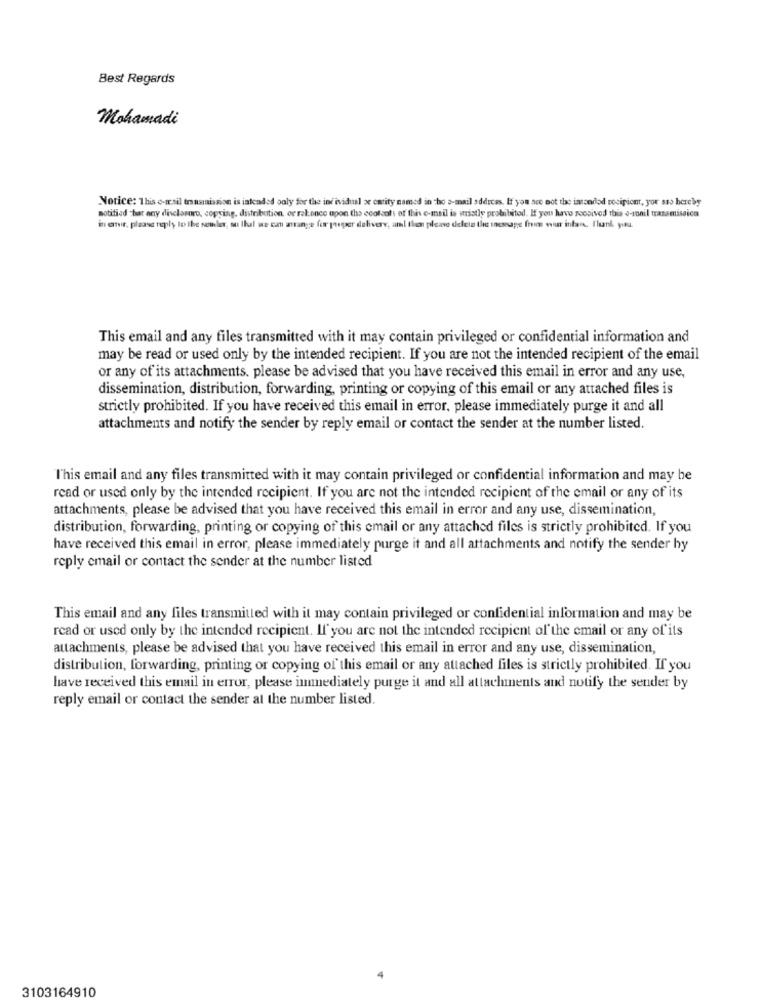
Best Regards
Mohamadi
Notice: This e-mail trasmission is intended soly for the individual or carity named in cho a-mail address. If you are not the intended recipient, yor sss hereby
notified that any disclosure, copying, distribution or ral.once upon the ecolooli of this e-mail is wristly prohibited. If you have soooived this o-tonil transmiseica
in envie, please reply to the sender, so Ihul we can arrange for proper delivery, and then please delete the message from win inta. Thank you.
This email and any files transmitted with it may contain privileged or confidential information and
may be read or used only by the intended recipient. If you are not the intended recipient of the email
or any of its attachments. please be advised that you have received this email in error and any use,
dissemination, distribution, forwarding, printing or copying of this email or any attached files is
strictly prohibited. If you have received this email in error, please immediately purge it and all
attachments and notify the sender by reply email or contact the sender at the number listed.
l'his email and any files transmitted with it may contain privileged or confidential information and may be
read or used only by the intended recipient. If you are not the intended recipient of the email or any of its
attachments, please be advised that you have received this email in error and any use, dissemination,
distribution, forwarding, printing or copying of this email or any attached files is strictly prohibited. If you
have received this email in error, please immediately purge it and all attachments and notify the sender hy
reply email or contact the sender at the number listed
This email and any files transmitted with it may contain privileged or confidential information and may be
read or used only by the intended recipient. If you are not the intended recipient of the email or any of its
attachments, please be advised that you have received this email in error and any use, dissemination,
distribution, forwarding, printing or copying of this email or any attached files is strictly prohibited. If you
have received this email in error, please immediately purge it and all attachments and notify the sender by
reply email or contact the sender at the number listed.
3103164910